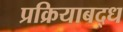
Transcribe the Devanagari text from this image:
प्रक्रियाबद्ध